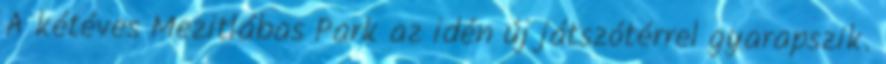
A kétéves Mezitlábas Park az idén új játszótérrel gyarapszik.